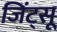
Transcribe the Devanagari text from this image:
जिंट्सू